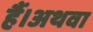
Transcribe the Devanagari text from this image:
हैं।अथवा